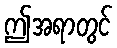
ဤအရာတွင်